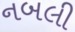
નબલી